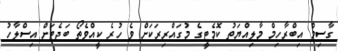
ގާސިމް އިބްރާހިމް މާލިއްޔަތު ކޮމެޓީގެ މުގައްރިރަކަށް ވެ ހުރެ ކީއްވެތޯ ބަޖެޓަށް އިސްލާހު